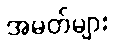
အမတ်များ